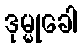
ဒုမ္မုခေါ